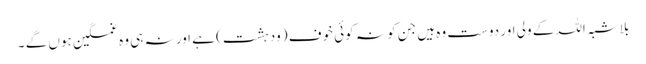
بلاشبہ اللہ کے ولی اور دوست وہ ہیں جن کو نہ کوئی خوف (ودہشت) ہے اور نہ ہی وہ غمگین ہوں گے ۔